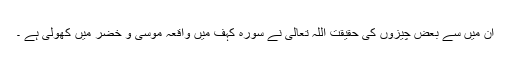
ان میں سے بعض چیزوں کی حقیقت اللہ تعالیٰ نے سورہ کہف میں واقعہ موسیٰ و خضر میں کھولی ہے ۔